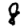
Digit: 8